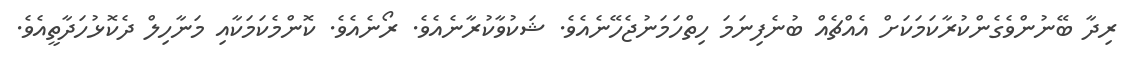
ރިދާ ބޭނުންވެގެންކުރާކަމަކަށް އެއްޗެއް ބުނެފިނަމަ ހިތްހަމަނުޖެހޭނެއެވެ. ޝަކުވާކުރާނެއެވެ. ރޯނެއެވެ. ކޮންމެކަމަކާއި މަނާހިލް ދެކޮޅުހަދާތީއެވެ.